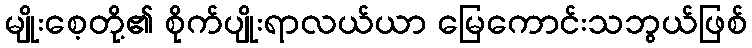
မျိုးစေ့တို့၏ စိုက်ပျိုးရာလယ်ယာ မြေကောင်းသဘွယ်ဖြစ်